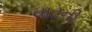
વાટની